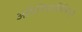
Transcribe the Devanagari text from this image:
अधिनियमविभिन्न